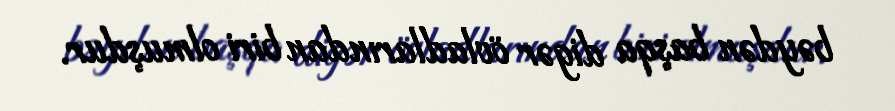
bəydən başqa digər övladlarından biri olmuşdur.